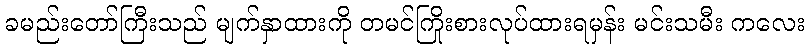
ခမည်းတော်ကြီးသည် မျက်နှာထားကို တမင်ကြိုးစားလုပ်ထားရမှန်း မင်းသမီး ကလေး